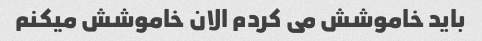
باید خاموشش می کردم الان خاموشش میکنم